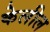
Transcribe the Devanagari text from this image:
केलील